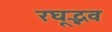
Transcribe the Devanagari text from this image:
रघूद्भव